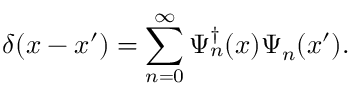
\delta ( x - x ^ { \prime } ) = \sum _ { n = 0 } ^ { \infty } \Psi _ { n } ^ { \dagger } ( x ) \Psi _ { n } ( x ^ { \prime } ) .